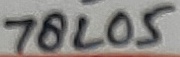
Text: 78L05